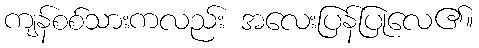
ကျန်စစ်သားကလည်း အလေးပြန်ပြုလေ၏။